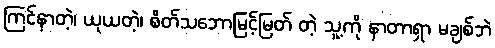
ကြင်နာတဲ့၊ ယုယတဲ့၊ စိတ်သဘောမြင့်မြတ် တဲ့ သူ့ကို နာတာရှာ မချစ်ဘဲ